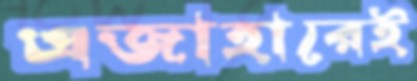
এজাহারেই